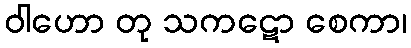
ဝါဟော တု သကဋော စေကာ၊